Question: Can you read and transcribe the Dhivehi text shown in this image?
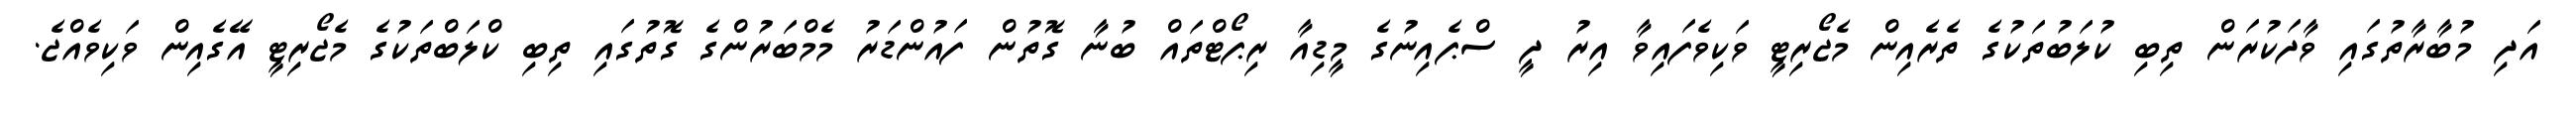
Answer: އަދި މުބާރާތުގައި ވާދަކުރަން ތިބި ކުލަބުތަކުގެ ތެރެއިން މެޖޯރިޓީ ވަކިވެފައިވާ އިރު ދީ ސްޕެއިނުގެ މީޑިއާ ރިޕޯޓްތައް ބުނާ ގޮތުން ފައުންޑަރު މެމްބަރުންގެ ގޮތުގައި ތިބި ކްލަބްތަކުގެ މެޖޯރިޓީ އޭގެއިން ވަކިވެއްޖެ.